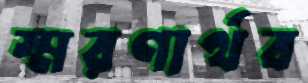
স্মরণার্থব